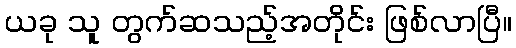
ယခု သူ တွက်ဆသည့်အတိုင်း ဖြစ်လာပြီ။